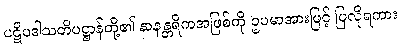
ပဋိပဒါသတိပဋ္ဌာန်တို့၏ နာနန္တရိကအဖြစ်ကို ဥပမာအားဖြင့် ပြလိုရကား